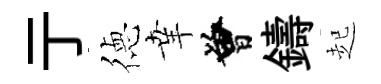
亍徳𦍒曾鑄起